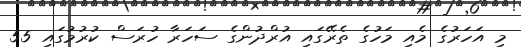
މި އަހަރުގެ މެއި މަހުގެ ތެރޭގައި އުރްދުންގެ ސަހަރާ ހުރަސް ކުރުމުގައި 55